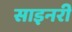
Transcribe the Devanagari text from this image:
साइनरी